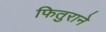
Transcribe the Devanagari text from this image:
फितुराने